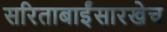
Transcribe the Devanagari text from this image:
सरिताबाईंसारखेच